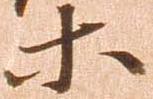
等